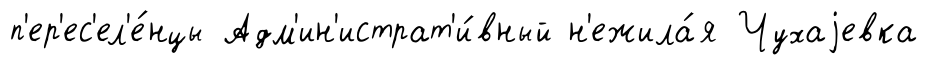
п'ер'ес'ел'е́нцы Адм'ин'истрат'и́вный н'ежила́я Чухаjевка